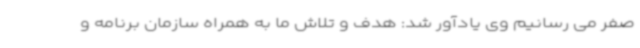
صفر می رسانیم وی یادآور شد: هدف و تلاش ما به همراه سازمان برنامه و